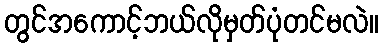
တွင်အကောင့်ဘယ်လိုမှတ်ပုံတင်မလဲ။